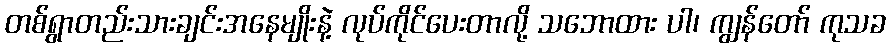
တစ်ရွာတည်းသားချင်းအနေမျိုးနဲ့ လုပ်ကိုင်ပေးတာလို့ သဘောထား ပါ၊ ကျွန်တော် ကုသခ